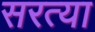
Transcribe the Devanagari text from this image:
सरत्या